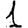
Digit: 1